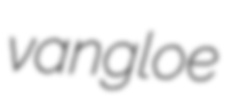
vangloe